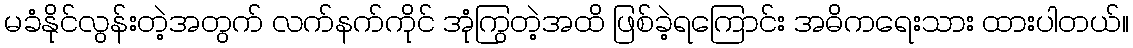
မခံနိုင်လွန်းတဲ့အတွက် လက်နက်ကိုင် အုံကြွတဲ့အထိ ဖြစ်ခဲ့ရကြောင်း အဓိကရေးသား ထားပါတယ်။